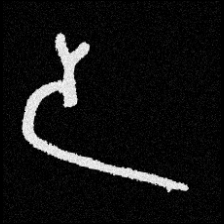
Pyu character \u2014 Myanmar letter: ဒ (romanized: da)